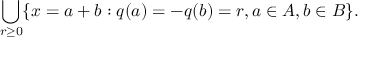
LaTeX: \bigcup _ { r \geq 0 } \{ x = a + b : q ( a ) = - q ( b ) = r , a \in A , b \in B \} .